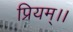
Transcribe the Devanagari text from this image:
प्रियम्।।